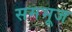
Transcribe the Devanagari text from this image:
समभूज